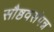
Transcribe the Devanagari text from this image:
सौष्ठवसंपन्न